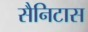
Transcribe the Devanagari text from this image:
सैनिटास